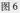
图6